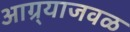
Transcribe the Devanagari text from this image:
आग्र्याजवळ